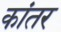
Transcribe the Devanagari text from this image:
कांतर